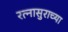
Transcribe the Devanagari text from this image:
रत्नासुराच्या